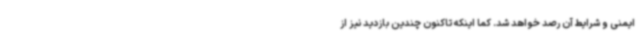
ایمنی و شرایط آن رصد خواهد شد. کما اینکه تاکنون چندین بازدید نیز از